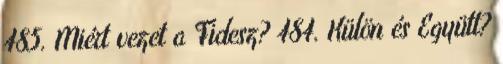
485. Miért vezet a Fidesz? 484. Külön és Együtt?